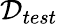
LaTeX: \mathcal{D}_{test}